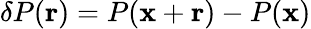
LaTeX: \delta P(\textbf{r})=P(\textbf{x}+\textbf{r})-P(\textbf{x})